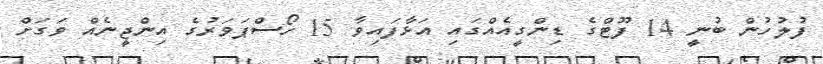
ފުލުހުން ބުނީ 14 ފޫޓްގެ ޑިންގީއެއްގައި އަޅާފައިވާ 15 ހޯސްޕަވަރުގެ އިންޖީނެއް ވަގަށް